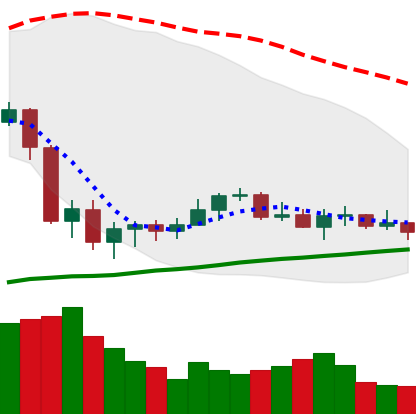
Ticker: XLM-USD
Chart end date: 2020-09-20
Forward return: -3.807%
Label: down_3_5